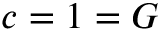
c = 1 = G